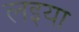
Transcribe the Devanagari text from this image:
लइया